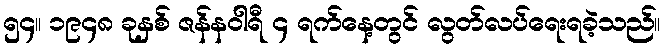
၅၄။ ၁၉၄၈ ခုနှစ် ဇန်နဝါရီ ၄ ရက်နေ့တွင် လွတ်လပ်ရေးရခဲ့သည်။